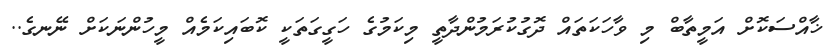
ޚާއްސަކޮށް އަމީތާބް މި ވާހަކަތައް ދޮގުކުރަމުންދާތީ މިކަމުގެ ހަގީގަތަކީ ކޮބައިކަމެއް މީހުންނަކަށް ނޭނގެ..